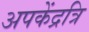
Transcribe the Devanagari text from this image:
अपकेंद्रत्रि